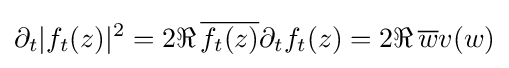
\partial _{t}|f_{t}(z)|^{2}=2\Re \,{\overline {f_{t}(z)}}\partial _{t}f_{t}(z)=2\Re \,{\overline {w}}v(w)